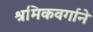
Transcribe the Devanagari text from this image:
श्रमिकवर्गाने